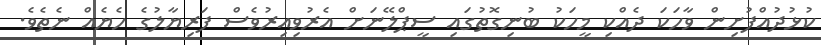
ކުޅުދުއްފުށިން ވާހަކަ ދެއްކި މީހަކު ބުނިގޮތުގައި ސީޕްލޭނަށް އެރުވިއިރުވެސް ފަރިޔާލުގެ ހެޔެއް ނެތެވެ.